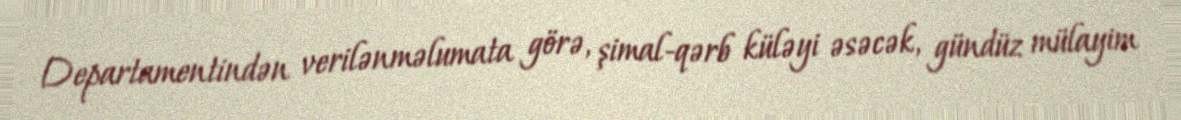
Departamentindən verilənməlumata görə, şimal-qərb küləyi əsəcək, gündüz mülayim